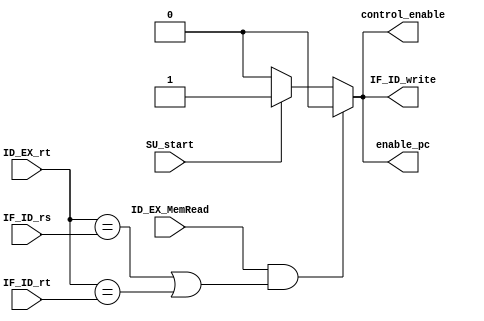
`timescale 1ns / 1ps
//////////////////////////////////////////////////////////////////////////////////
// Company: 
// Engineer: 
// 
// Design Name: 
// Module Name: Stall_Unit
// Project Name: 
// Target Devices: 
// Tool Versions: 
// Description: 
// 
// Dependencies: 
// 
// Revision:
// Revision 0.01 - File Created
// Additional Comments:
// 
//////////////////////////////////////////////////////////////////////////////////


module Stall_Unit#(
        
        parameter   N_BITS_RS = 5,          // Bits de rs
        parameter   N_BITS_RT = 5           // Bits de rt
    )
    (
        //Inputs
        input wire                          SU_start,
        input wire                          ID_EX_MemRead,
        input wire [N_BITS_RS - 1 : 0]      IF_ID_rs,
        input wire [N_BITS_RT - 1 : 0]      IF_ID_rt,
        input wire [N_BITS_RT - 1 : 0]      ID_EX_rt,
        
        //Outputs
        output reg              enable_pc,
        output reg              control_enable,
        output reg              IF_ID_write    
    );
    
    always@(*) begin
        if(SU_start) 
        begin 
            enable_pc <= 1;
            control_enable <= 1;
            IF_ID_write <= 1;     
        end
        
        else
        begin
            enable_pc <= 0;
            control_enable <= 0;
            IF_ID_write <= 0;
        end
        //Condicion de dependencia de los registros 
        if(ID_EX_MemRead && ((ID_EX_rt == IF_ID_rs) || (ID_EX_rt == IF_ID_rt)))
        begin
            enable_pc <= 0;
            control_enable <= 0;
            IF_ID_write <= 0;
        end
    end
endmodule